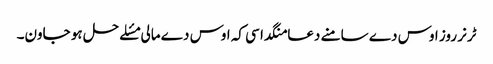
ٹرنر روز اوس دے سامنے دعا منگدا سی کہ اوس دے مالی مسٔلے حل ہو جاون۔